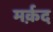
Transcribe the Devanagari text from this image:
मर्क़द